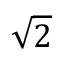
\sqrt { 2 }